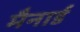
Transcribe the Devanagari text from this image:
मैनार्ड